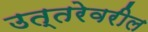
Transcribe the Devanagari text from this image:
उत्तरेवरील